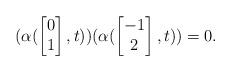
LaTeX: \begin{align*}(\alpha(\begin{bmatrix}0\\1\end{bmatrix},t))(\alpha(\begin{bmatrix}-1\\2\end{bmatrix},t))=0.\end{align*}